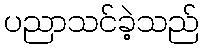
ပညာသင်ခဲ့သည်